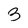
Character: 3